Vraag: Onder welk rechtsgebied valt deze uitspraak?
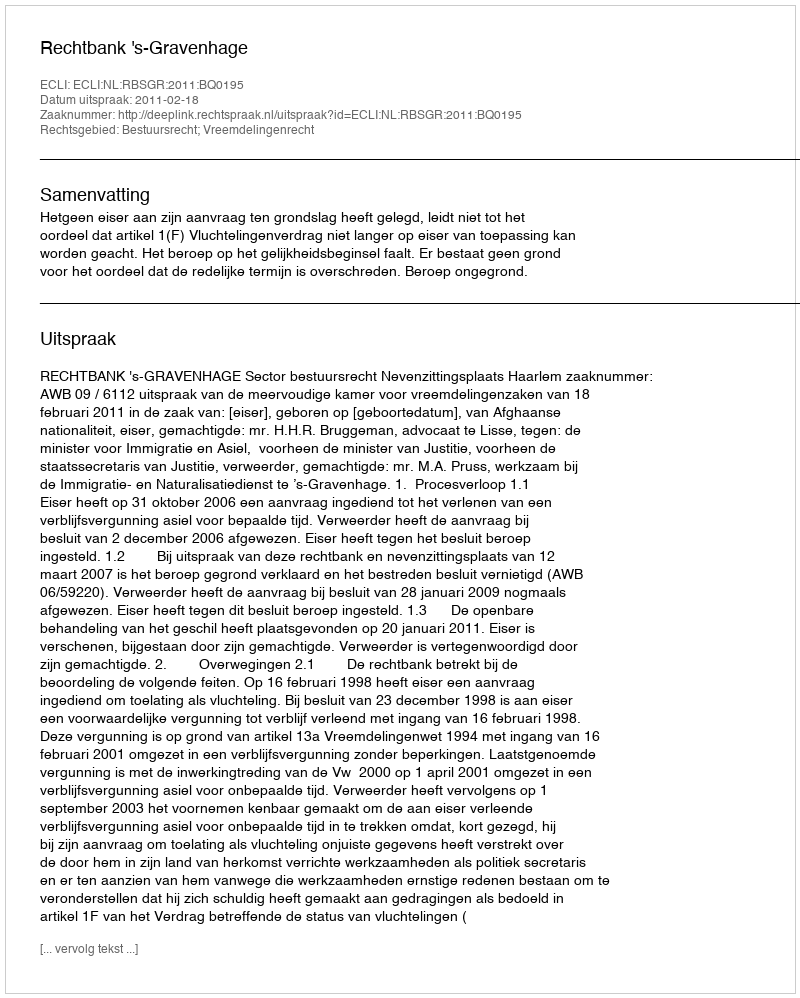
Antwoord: Bestuursrecht; Vreemdelingenrecht